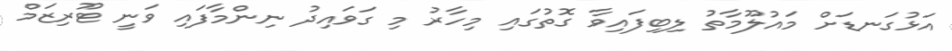
އަޅުގަނޑަށް މައުލޫމާތު ލިބިފައިވާ ގޮތުގައި މިހާރު މި ގަވައިދު ނިންމާފައި ވަނީ ޓޫރިޒަމް